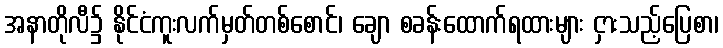
အနာတိုလီ၌ နိုင်ငံကူးလက်မှတ်တစ်စောင်၊ ချော စခန်းထောက်ရထားများ ငှားသည့်ပြေစာ၊